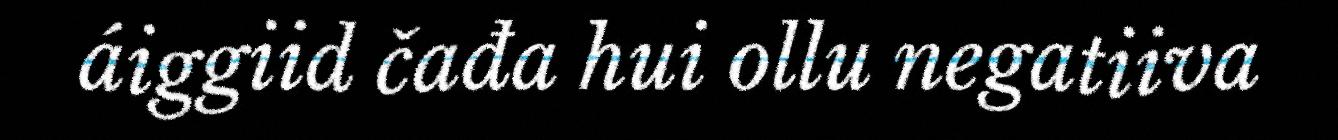
áiggiid čađa hui ollu negatiiva